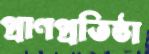
প্রাণপ্রতিষ্ঠা